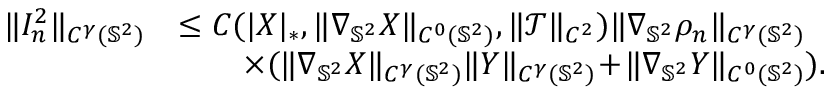
\begin{array} { r l } { \| I _ { n } ^ { 2 } \| _ { C ^ { \gamma } ( \mathbb { S } ^ { 2 } ) } } & { \leq C ( | \boldsymbol { X } | _ { * } , \| \nabla _ { \mathbb { S } ^ { 2 } } \boldsymbol { X } \| _ { C ^ { 0 } ( \mathbb { S } ^ { 2 } ) } , \| \mathcal { T } \| _ { C ^ { 2 } } ) \| \nabla _ { \mathbb { S } ^ { 2 } } \rho _ { n } \| _ { C ^ { \gamma } ( \mathbb { S } ^ { 2 } ) } } \\ & { \qquad \times ( \| \nabla _ { \mathbb { S } ^ { 2 } } \boldsymbol { X } \| _ { C ^ { \gamma } ( \mathbb { S } ^ { 2 } ) } \| \boldsymbol { Y } \| _ { C ^ { \gamma } ( \mathbb { S } ^ { 2 } ) } \! + \! \| \nabla _ { \mathbb { S } ^ { 2 } } \boldsymbol { Y } \| _ { C ^ { 0 } ( \mathbb { S } ^ { 2 } ) } ) . } \end{array}